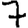
Digit: 7